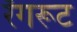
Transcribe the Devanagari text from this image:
रँगरूट